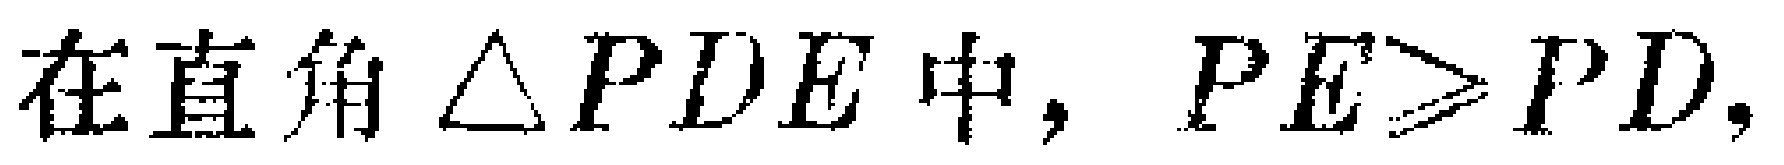
在直角$\triangle PDE$中，$PE>PD$，